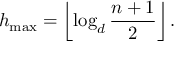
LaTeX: h _ { \mathrm { m a x } } = \left\lfloor \log _ { d } { \frac { n + 1 } { 2 } } \right\rfloor .